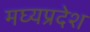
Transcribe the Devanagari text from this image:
मघ्‍यप्रदेश